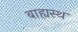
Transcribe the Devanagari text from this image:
बाह्यस्थ